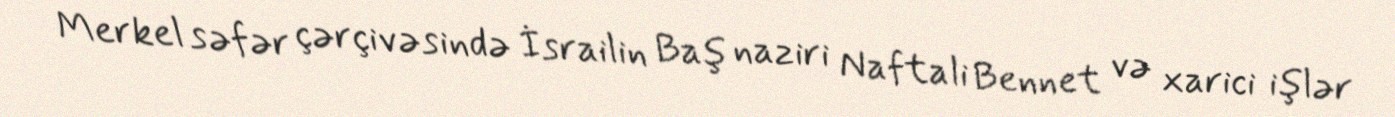
Merkel səfər çərçivəsində İsrailin Baş naziri Naftali Bennet və xarici işlər